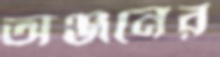
অঞ্জনের